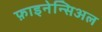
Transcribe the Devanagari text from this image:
फ़ाइनेन्सिअल